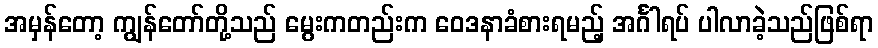
အမှန်တော့ ကျွန်တော်တို့သည် မွေးကတည်းက ဝေဒနာခံစားရမည့် အင်္ဂါရပ် ပါလာခဲ့သည်ဖြစ်ရာ